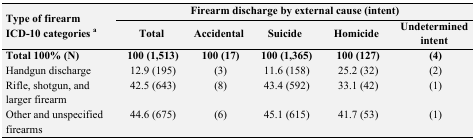
| <ROWSPAN=2> Type of firearm ICD-10 categories a | <COLSPAN=5> Firearm discharge by external cause (intent) |
 | Total | Accidental | Suicide | Homicide | Undetermined intent |
 | --- | --- | --- | --- | --- | --- |
 | Total 100% (N) | 100 (1,513) | 100 (17) | 100 (1,365) | 100 (127) | (4) |
 | Handgun discharge | 12.9 (195) | (3) | 11.6 (158) | 25.2 (32) | (2) |
 | Rifle, shotgun, and larger firearm | 42.5 (643) | (8) | 43.4 (592) | 33.1 (42) | (1) |
 | Other and unspecified firearms | 44.6 (675) | (6) | 45.1 (615) | 41.7 (53) | (1) |